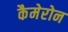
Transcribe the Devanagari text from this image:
कैमेरोन